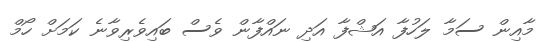
މާއިން ސަމާ ލަހުފާ އަޝްފާ އަދި ނައްފާން ވެސް ބައިވެރިވާނެ ކަމަށް ހޯމް